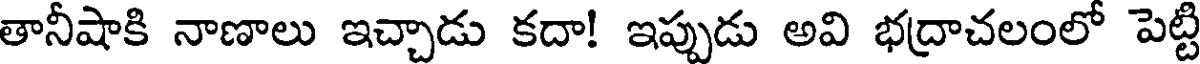
తానీషాకి నాణాలు ఇచ్చాడు కదా! ఇప్పుడు అవి భద్రాచలంలో పెట్టి